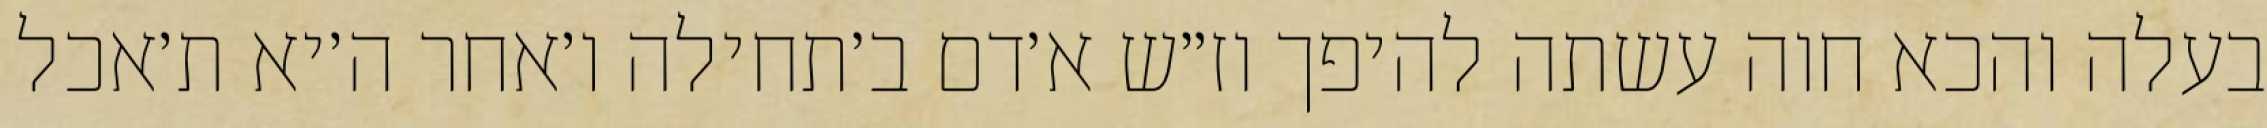
בעלה והכא חוה עשתה להיפך וז״ש א׳דם ב׳תחילה ו׳אחר ה׳יא ת׳אכל